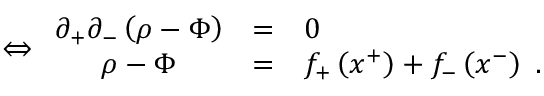
\Leftrightarrow \begin{array} { c c l } { { \partial _ { + } \partial _ { - } \left( \rho - \Phi \right) } } & { { = } } & { { 0 } } \\ { { \rho - \Phi } } & { { = } } & { { f _ { + } \left( x ^ { + } \right) + f _ { - } \left( x ^ { - } \right) \; . } } \end{array}